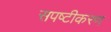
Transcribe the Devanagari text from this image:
सपष्टीकरण